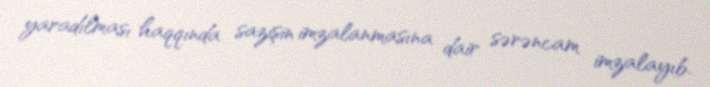
yaradılması haqqında sazişin imzalanmasına dair sərəncam imzalayıb.